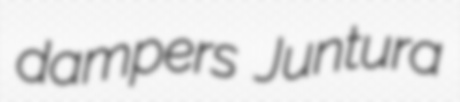
dampers Juntura